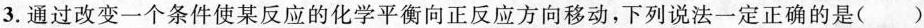
3.通过改变一个条件使某反应的化学平衡向正反应方向移动，下列说法一定正确的是()